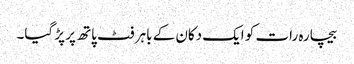
بیچارہ رات کو ایک دکان کے باہر فٹ پاتھ پر پڑ گیا۔